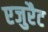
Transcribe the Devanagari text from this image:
एजुरैट